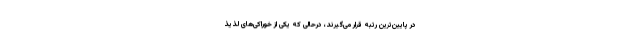
در پایین‌ترین رتبه قرار می‌گیرند، درحالی که یکی از خوراکی‌های لذیذ